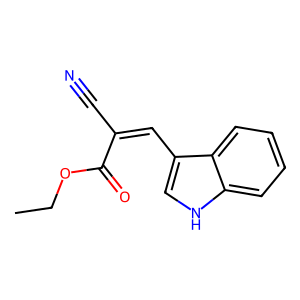
SMILES: CCOC(=O)C(C#N)=Cc1c[nH]c2ccccc12
Inhibits HIV replication: No